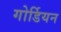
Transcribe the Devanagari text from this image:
गोर्डियन